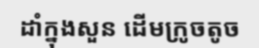
ដាំក្នុងសួន ដើមក្រូចតូច